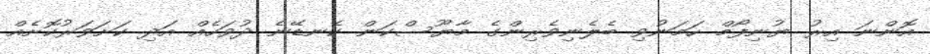
އޮންނަ އިރު ޔުނިފޯމް ހަމަނުވި ބެލެނިވެރިންގެ މާޔޫސްކަން ކެނޑޭނެ ދުވަހެއް އަދި ކަށަވަރުކޮށެއް